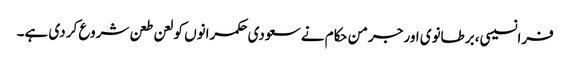
فرانسیسی، برطانوی اور جرمن حکام نے سعودی حکمرانوں کو لعن طعن شروع کر دی ہے۔